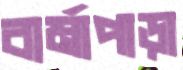
বার্মাপাড়া